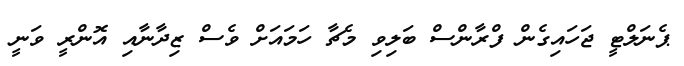
ޕެނަލްޓީ ޖަހައިގެން ފްރާންސް ބަލިވި މެޗާ ހަމައަށް ވެސް ޒިދާނާއި އޮންރީ ވަނީ